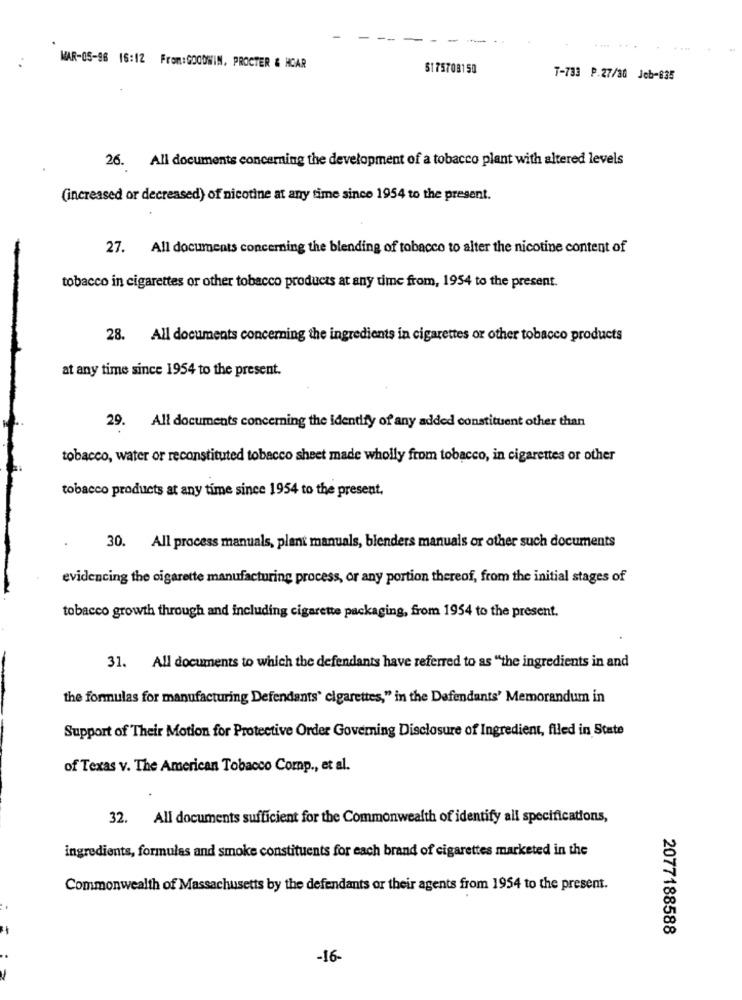
.... .....
MAR-05-96 16:12 From:GOODWIN, PROCTER & HCAR
5175708150
T-733 P.27/30 Jeb-835
26. All documents concerning the development of a tobacco plant with altered levels
(increased or decreased) of nicotine at any time since 1954 to the present.
27. All documents concerning the blending of tobacco to alter the nicotine content of
tobacco in cigarettes or other tobacco products at any time from, 1954 to the present.
28. All documents concerning the ingredients in cigarettes or other tobacco products
at any time since 1954 to the present.
29. All documents concerning the identify of any added constituent other than
tobacco, water or reconstituted tobacco sheet made wholly from tobacco, in cigarettes or other
tobacco products at any time since 1954 to the present.
30. All process manuals, plant manuals, blenders manuals or other such documents
evidencing the cigarette manufacturing process, or any portion thereof, from the initial stages of
tobacco growth through and including cigarette packaging, from 1954 to the present.
31. All documents to which the defendants have referred to as "the ingredients in and
the formulas for manufacturing Defendants' cigarettes," in the Defendants' Memorandum in
Support of Their Motion for Protective Order Governing Disclosure of Ingredient, filed in State
of Texas v. The American Tobacco Comp ., et al.
32. All documents sufficient for the Commonwealth of identify all specifications,
ingredients, formulas and smoke constituents for each brand of cigarettes marketed in the
Commonwealth of Massachusetts by the defendants or their agents from 1954 to the present.
2077188588
-16-